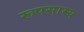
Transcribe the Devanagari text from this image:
रूपसाम्य